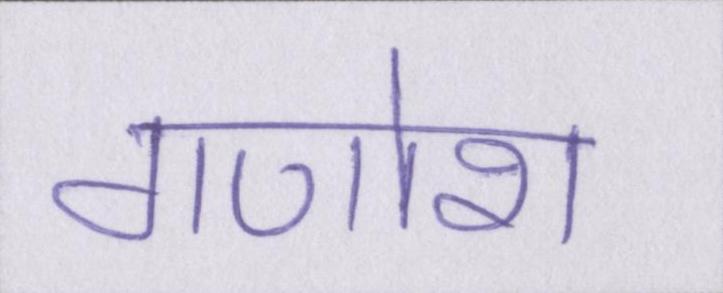
गणोश